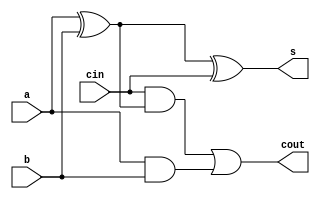
module bit1fulladder(input a, b, cin, output s, cout );
	wire w1,w2, w3; 
	
	xor x1(w1, a, b);
	xor x2(s, w1, cin);
	and a1(w2, cin, w1);
	and a2(w3, a, b);
	or o1(cout, w2, w3);
	
	

endmodule